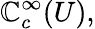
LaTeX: \mathbb{C}_{c}^{\infty}(U),